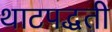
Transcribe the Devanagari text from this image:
थाटपद्धती